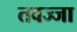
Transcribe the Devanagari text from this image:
तवज्जा